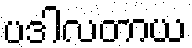
ပဒါလတာယ